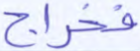
فخراج